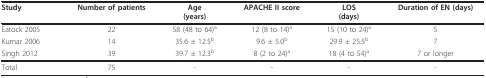
<table><thead><tr><td><b>Study</b></td><td><b>Number of patients</b></td><td><b>Age(years)</b></td><td><b>APACHE II score</b></td><td><b>LOS(days)</b></td><td><b>Duration of EN (days)</b></td></tr></thead><tbody><tr><td>Eatock 2005</td><td>22</td><td>58 (48 to 64)<sup>a</sup></td><td>12 (8 to 14)<sup>a</sup></td><td>15 (10 to 24)<sup>a</sup></td><td>5</td></tr><tr><td>Kumar 2006</td><td>14</td><td>35.6 ± 12.5<sup>b</sup></td><td>9.6 ± 5.0<sup>b</sup></td><td>29.9 ± 25.5<sup>b</sup></td><td>7</td></tr><tr><td>Singh 2012</td><td>39</td><td>39.7 ± 12.3<sup>b</sup></td><td>8 (2 to 24)<sup>a</sup></td><td>18 (4 to 54)<sup>a</sup></td><td>7 or longer</td></tr><tr><td>Total</td><td>75</td><td>-</td><td>-</td><td>-</td><td>-</td></tr></tbody></table>